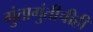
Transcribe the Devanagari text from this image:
गुंतागुंतीचीही